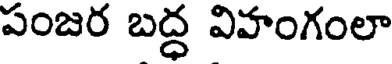
పంజర బద్ధ విహంగంలా